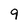
Character: 9